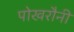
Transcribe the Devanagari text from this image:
पोखरौनी